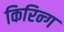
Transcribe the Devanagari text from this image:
किरिन्ग